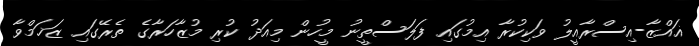
ޣައްޒާ-އިސްރާއީލު ވަކިކުރާ އިމުގައި ފަލަސްތީނު މީހުން މިއަދު ކުރި މުޒާހަރާގެ ތެރޭގައި ޒަޚަމްވާ